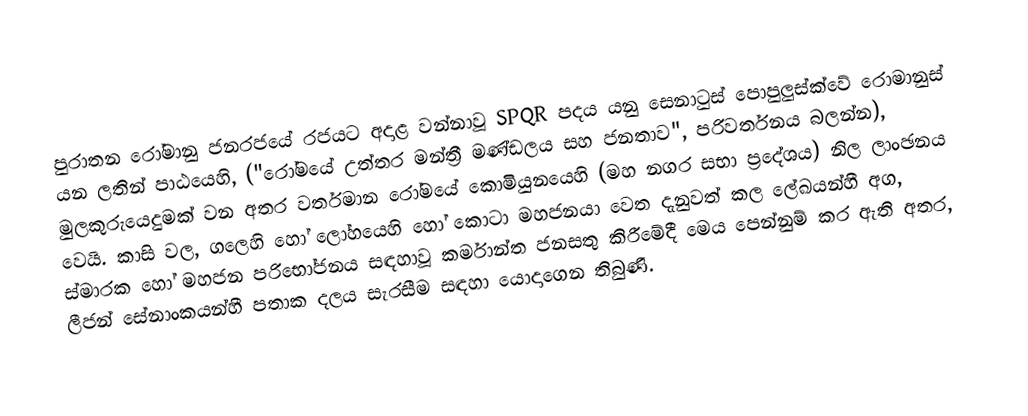
පුරාතන රෝමානු ජනරජයේ රජයට අදාළ වන්නාවූ SPQR පදය යනු සෙනාටුස් පොපුලුස්ක්වේ රොමානුස් යන  ලතින් පාඨයෙහි,  ("රෝමයේ උත්තර මන්ත්‍රී මණ්ඩලය සහ ජනතාව", පරිවර්තනය බලන්න), මුලකුරුයෙදුමක් වන අතර වර්තමාන රෝමයේ කොමියුනයෙහි (මහ නගර සභා ප්‍රදේශය) නිල ලාංඡනය වෙයි. කාසි වල, ගලෙහි හෝ ලෝහයෙහි හෝ කොටා මහජනයා වෙත දැනුවත් කල ලේඛයන්හී අග, ස්මාරක හෝ මහජන පරිභෝජනය සඳහාවූ කර්මාන්ත ජනසතු කිරීමේදී මෙය පෙන්නුම් කර ඇති අතර, ලීජන් සේනාංකයන්හී පතාක දලය සැරසීම සඳහා යොදාගෙන තිබුණි.